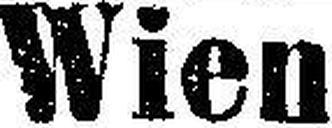
Wien.